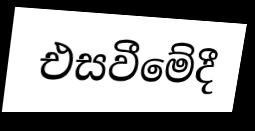
එසවීමේදී